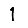
Digit: 1